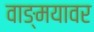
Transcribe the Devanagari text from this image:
वाङ्‌मयावर